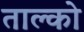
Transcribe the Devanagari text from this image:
ताल्को